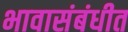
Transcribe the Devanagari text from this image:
भावासंबंधीत